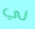
لي